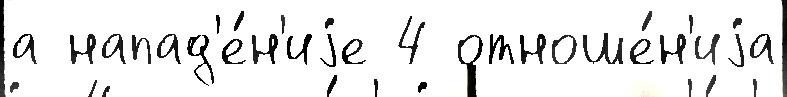
а напад'е́н'иjе 4 отноше́н'иjа